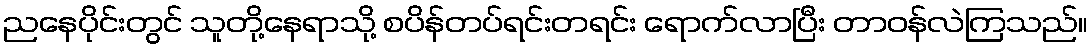
ညနေပိုင်းတွင် သူတို့နေရာသို့ စပိန်တပ်ရင်းတရင်း ရောက်လာပြီး တာဝန်လဲကြသည်။